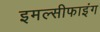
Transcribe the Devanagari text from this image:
इमल्सीफाइंग